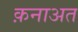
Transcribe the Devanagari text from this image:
क़नाअत